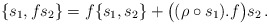
\begin{align*} \{s_1,fs_2\}=f\{s_1,s_2\}+\bigl((\rho\circ s_1).f\bigr)s_2\,. \end{align*}